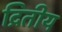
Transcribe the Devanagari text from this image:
द्रितीय